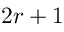
2 r + 1